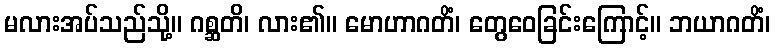
မလားအပ်သည်သို့။ ဂစ္ဆတိ၊ လား၏။ မောဟာဂတိံ၊ တွေဝေခြင်းကြောင့်။ ဘယာဂတိံ၊